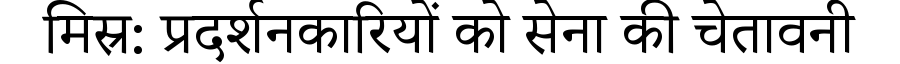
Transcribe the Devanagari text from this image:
मिस्र: प्रदर्शनकारियों को सेना की चेतावनी